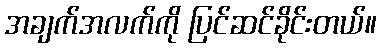
အချက်အလက်ကို ပြင်ဆင်ခိုင်းတယ်။